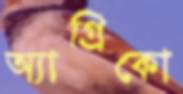
অ্যাগ্রিকো